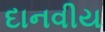
દાનવીય